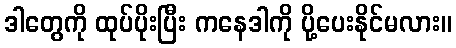
ဒါတွေကို ထုပ်ပိုးပြီး ကနေဒါကို ပို့ပေးနိုင်မလား။